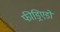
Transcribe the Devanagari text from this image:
फीड्रिएडों